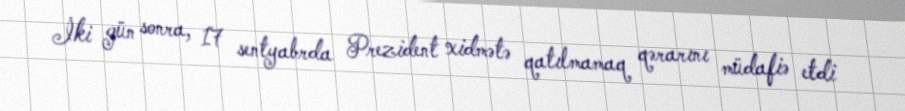
İki gün sonra, 17 sentyabrda Prezident xidmətə qatılmamaq qərarını müdafiə etdi